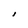
Character: I